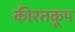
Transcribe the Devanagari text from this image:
कीरतकूप